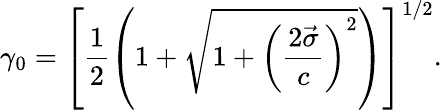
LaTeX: \gamma_{0}=\left[\frac{1}{2}\left(1+\sqrt{1+\left(\displaystyle\frac{2\vec{\sigma}}{c}\right)^{2}}\right)\right]^{1/2}.